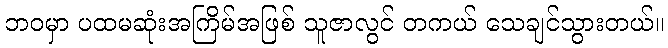
ဘဝမှာ ပထမဆုံးအကြိမ်အဖြစ် သူဇာလွင် တကယ် သေချင်သွားတယ်။